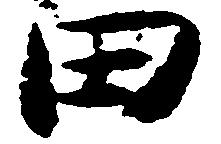
田